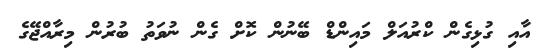
އާއި ގުޅިގެން ކްރުއަލް މައިންޑް ބޭނުން ކޮށް ގެން ނުވަތު ބުރުން މިރާއްޖޭގެ